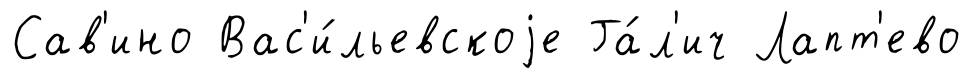
Сав'ино Вас'и́льевскоjе Га́л'ич Лапт'ево